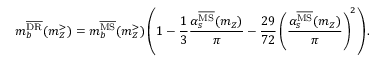
m _ { b } ^ { \overline { { \mathrm { D R } } } } ( m _ { Z } ^ { > } ) = m _ { b } ^ { \overline { { \mathrm { M S } } } } ( m _ { Z } ^ { > } ) \left( 1 - \frac { 1 } { 3 } \frac { \alpha _ { s } ^ { \overline { { \mathrm { M S } } } } ( m _ { Z } ) } { \pi } - \frac { 2 9 } { 7 2 } \left( \frac { \alpha _ { s } ^ { \overline { { \mathrm { M S } } } } ( m _ { Z } ) } { \pi } \right) ^ { 2 } \right) .